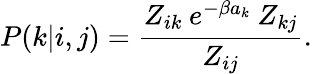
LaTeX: P(k|i,j)=\frac{Z_{ik}\: e^{-\beta a_{k}}\: Z_{kj}}{Z_{ij}}.